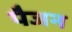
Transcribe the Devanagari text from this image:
पैजन